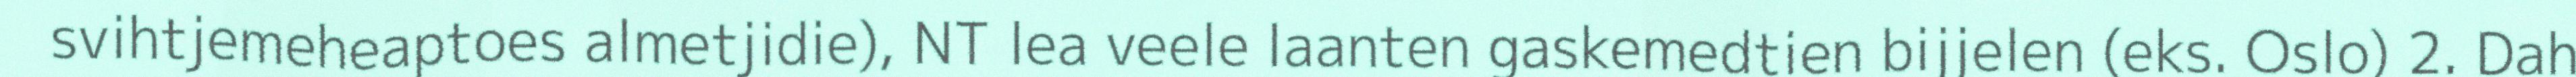
svihtjemeheaptoes almetjidie), NT lea veele laanten gaskemedtien bijjelen (eks. Oslo) 2. Dah